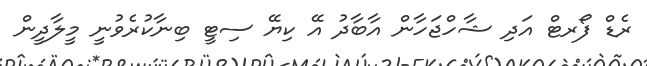
ރެޑް ފޯރޓް އަދި ޝާހްޖަހާން އާބާދު އޭ ކިޔޭ ސިޓީ ބިނާކުރެވުނީ މީލާދީން